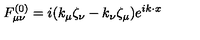
F _ { \mu \nu } ^ { ( 0 ) } = i ( k _ { \mu } \zeta _ { \nu } - k _ { \nu } \zeta _ { \mu } ) e ^ { i k \cdot x }